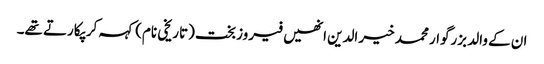
ان کے والد بزرگوار محمد خیر الدین انھیں فیروزبخت (تاریخی نام) کہہ کر پکارتے تھے۔